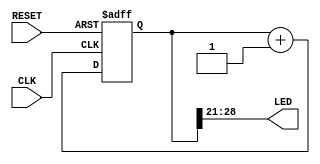
`timescale 1ns / 1ps
//////////////////////////////////////////////////////////////////////////////////
// Company: 
// Engineer: 
// 
// Design Name: 
// Module Name:    DIVIDERS 
// Project Name: 
// Target Devices: 
// Tool versions: 
// Description: 
//
// Dependencies: 
//
// Revision: 
// Revision 0.01 - File Created
// Additional Comments: 
//
//////////////////////////////////////////////////////////////////////////////////
module DIVIDERS(CLK, RESET, LED);
    input CLK;
    input RESET;
    output [7:0] LED;

	 wire [7:0] LED;
	 reg [28:0] DIVIDER;
	 
	 //DIVIDER
	 always @(posedge CLK or negedge RESET)
		begin
			if(!RESET)
				DIVIDER <= {28'h0000000, 1'b0};
			else
				DIVIDER <= DIVIDER + 1'b1;
		end
		
	 assign LED[0] = DIVIDER[21];
	 assign LED[1] = DIVIDER[22];
	 assign LED[2] = DIVIDER[23];
	 assign LED[3] = DIVIDER[24];
	 assign LED[4] = DIVIDER[25];
	 assign LED[5] = DIVIDER[26];
	 assign LED[6] = DIVIDER[27];
	 assign LED[7] = DIVIDER[28];

endmodule